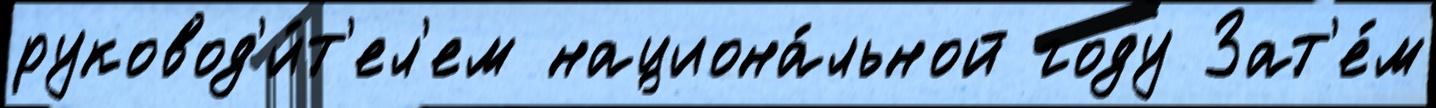
руковод'и́т'ел'ем национа́льной году Зат'е́м